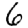
Digit: 6